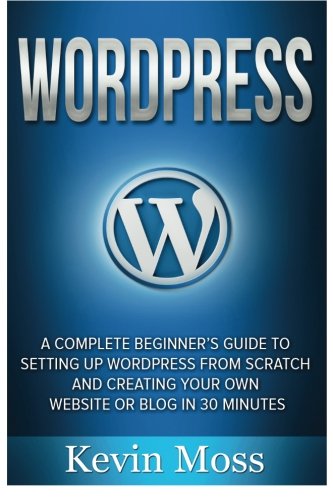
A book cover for Wordpress: A Complete Beginner's Guide to Setting Up Wordpress From Scratch And Creating Your Own Website Or Blog In 30 Minutes; Kevin Moss; Computers & Technology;